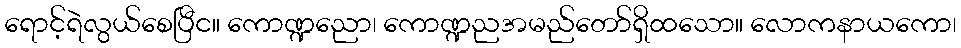
ရောင့်ရဲလွယ်စေပြီင။ ကောဏ္ဍညော၊ ကောဏ္ဍညအမည်တော်ရှိထသော။ လောကနာယကော၊